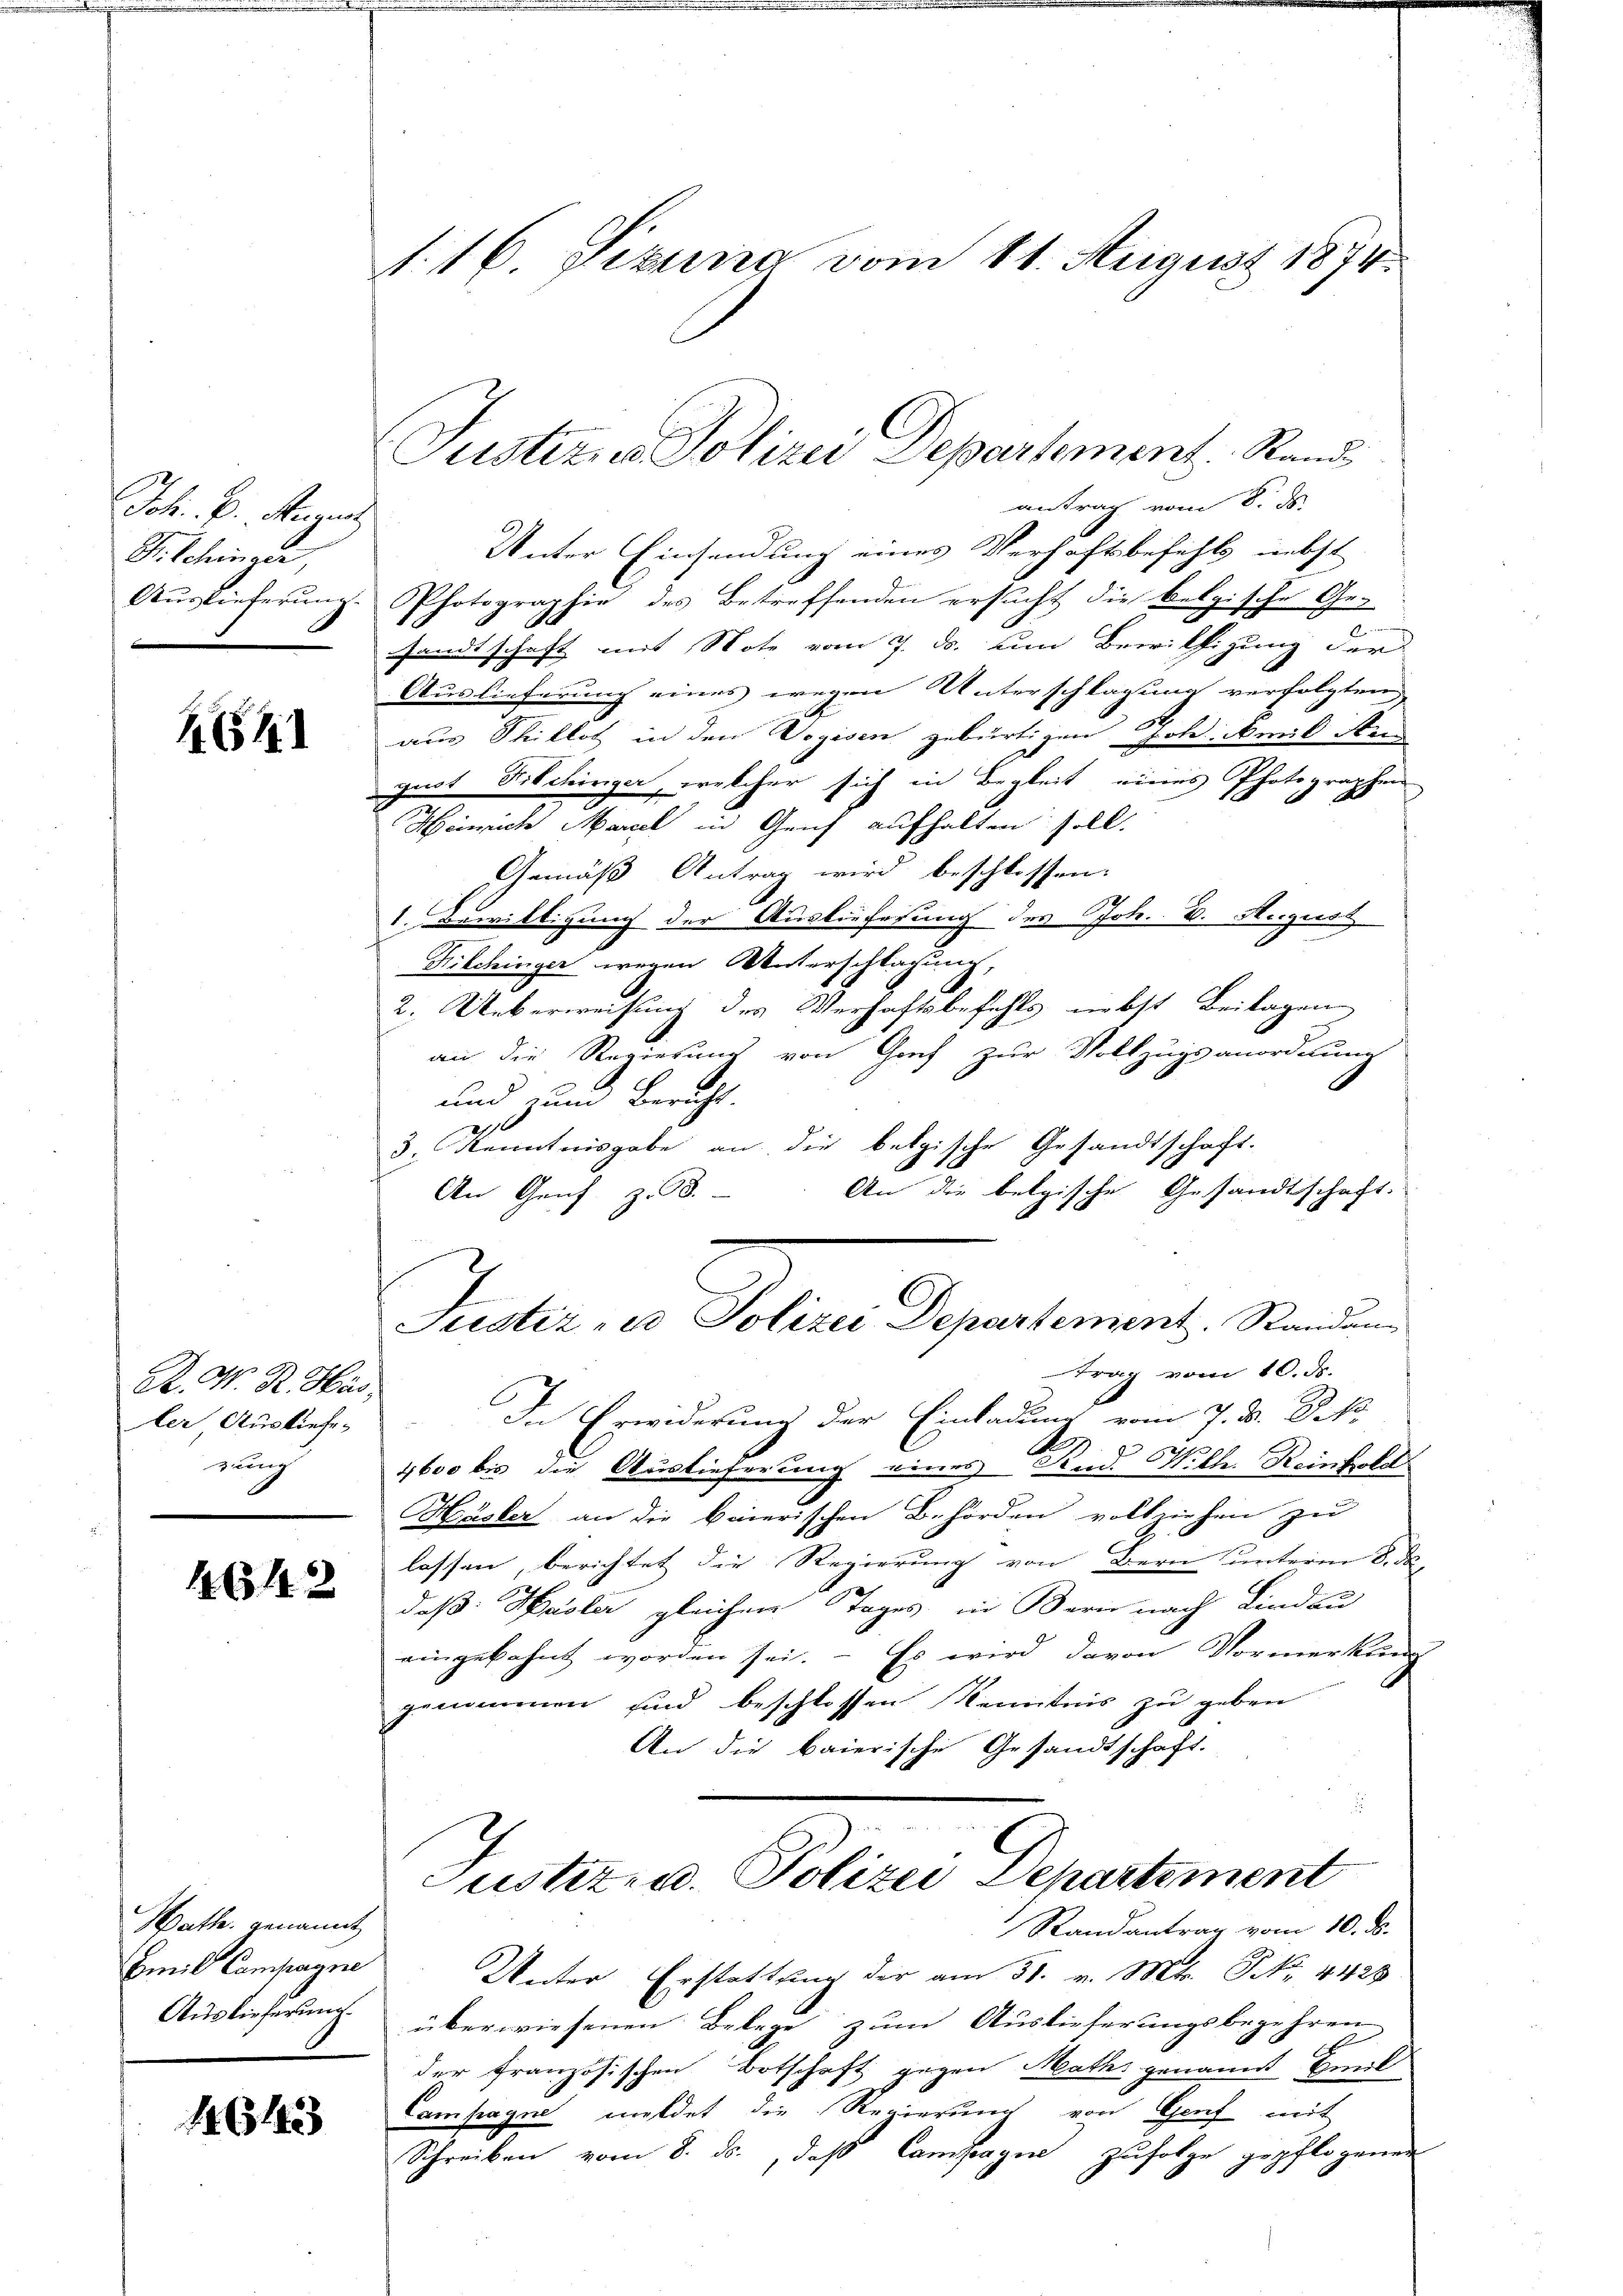
Joh. B. Merit,
Pilchinger,

1651.

R. M. R. Has
ler Ausliefe
rung

1642

Wath. genannt
Emil Campagni

164

1. 16. Sitzung vom 11. August 1874.

antrag vom 8. ds.
Unter Einsendung eines Verhaftsbefehls nebst
Auslieferung. Photographie des Betreffenden ersucht die belgische Gesandtschaft mit Note vom 7. ds. um Bewilligung der
Auslieferung eines wegen Unterschlagung verfolgten
aus Thillet in den Vogisen gebürtigen Toldickend Re
guot Pilchinger, welcher sich in Begleit eines Photographen
Hinrich Mariel in Genf aufhalten soll.
Gemäß Antrag wird beschlossen:
1. Bewilligung der Auslieferung des Joh. v. August
Kilchinger wegen Unterschlagung,
2. Ueberweisung des Verhaftsbefehls nebst Beilagen
an die Regierung von Graf zur Vollzugsanordnung
und zum Bericht.
3. Kenntnisgabe an die belgische Gesandtschaft.
An die belgische Gesandtschaft.
An Genf z. B.
Justiz - Polizei Departement. Randan
trag vom 10. ds.
In Erwiderung der Einladung vom 7. D. Rek
4600 bis die Auslieferung eines Rud. Willer Reinhold
Häsler an die baierischen Behörden vollziehen zu
lassen, berichtet die Regierung von Bern unterm 8. d.
daß: Hasler gleichen Tages, in Bern nach Lindau
eingebahnt worden sei. - Es wird davon Vormerkung
genommen und beschlossen Kenntnis zu geben
An die baierische Gesandtschaft.
Justiz- u. Polizei Departement
Randantrag vom 10. ds.
Unter Erstattung der am 31. v. Mts. S. 4428
Auslieferung überwiesenen Belege zum Auslieferungsbegehren
der französischen Botschaft gegen Mathi genannt beeil
Campagne meldet die Regierung von Genf mit
Schreiben vom 8. ds., daß Campagna zufolge gepflogenen

Justiz & Polizei Departement. Stand